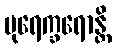
ပုရေက္ခရောန္တိ